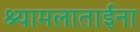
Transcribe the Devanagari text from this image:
श्यामलाताईंना